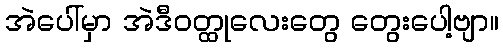
အဲပေါ်မှာ အဲဒီဝတ္ထုလေးတွေ တွေးပေါ့ဗျာ။